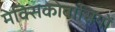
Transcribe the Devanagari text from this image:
मेक्सिकोवासियों